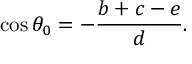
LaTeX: \cos \theta _ { 0 } = - { \frac { b + c - e } { d } } .